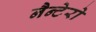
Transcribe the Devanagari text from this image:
नैन्टेरो